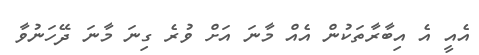
އެއީ އެ އިބާރާތަކުން އެއް މާނަ އަށް ވުރެ ގިނަ މާނަ ދޭހަނުވާ